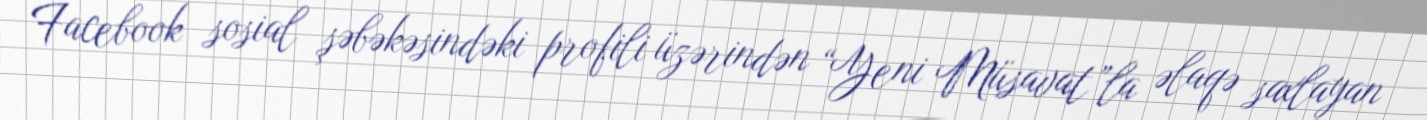
Facebook sosial şəbəkəsindəki profili üzərindən “Yeni Müsavat”la əlaqə saxlayan